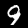
Digit: 9